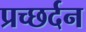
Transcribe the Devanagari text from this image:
प्रच्छर्दन